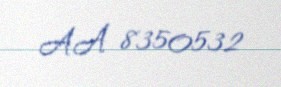
AA 8350532